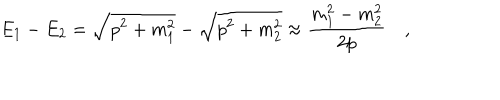
E _ { 1 } - E _ { 2 } = \sqrt { p ^ { 2 } + m _ { 1 } ^ { 2 } } - \sqrt { p ^ { 2 } + m _ { 2 } ^ { 2 } } \approx \frac { m _ { 1 } ^ { 2 } - m _ { 2 } ^ { 2 } } { 2 p } \quad ,